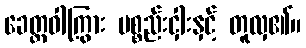
ခေတ္တဝါကြွား ပစ္စည်းငှါးနှင့် တူလှ၏။